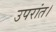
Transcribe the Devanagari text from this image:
उपरांत।